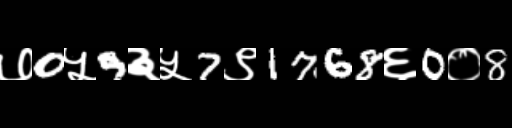
Text: ७0५9३५7९1768६0०8